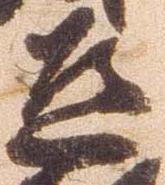
道